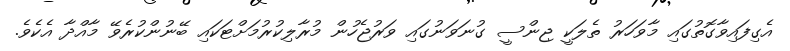
އެގިފައިވާގޮތުގައި މާވަހަރު ތެލަކީ ޖިންސީ ގުނަވަނުގައި ވަރުޖެހުން މުރާލިކުރުމަށްޓަކައި ބޭނުންކުރެވޭ މާއްދާ އެކެވެ.